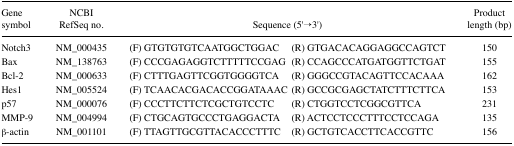
<table><thead><tr><td><b>Gene symbol</b></td><td><b>NCBI RefSeq no.</b></td><td colspan="2"><b>Sequence (5′→3′)</b></td><td><b>Product length (bp)</b></td></tr></thead><tbody><tr><td>Notch3</td><td>NM_000435</td><td>(F) GTGTGTGTCAATGGCTGGAC</td><td>(R) GTGACACAGGAGGCCAGTCT</td><td>150</td></tr><tr><td>Bax</td><td>NM_138763</td><td>(F) CCCGAGAGGTCTTTTTCCGAG</td><td>(R) CCAGCCCATGATGGTTCTGAT</td><td>155</td></tr><tr><td>Bcl-2</td><td>NM_000633</td><td>(F) CTTTGAGTTCGGTGGGGTCA</td><td>(R) GGGCCGTACAGTTCCACAAA</td><td>162</td></tr><tr><td>Hes1</td><td>NM_005524</td><td>(F) TCAACACGACACCGGATAAAC</td><td>(R) GCCGCGAGCTATCTTTCTTCA</td><td>153</td></tr><tr><td>p57</td><td>NM_000076</td><td>(F) CCCTTCTTCTCGCTGTCCTC</td><td>(R) CTGGTCCTCGGCGTTCA</td><td>231</td></tr><tr><td>MMP-9</td><td>NM_004994</td><td>(F) CTGCAGTGCCCTGAGGACTA</td><td>(R) ACTCCTCCCTTTCCTCCAGA</td><td>135</td></tr><tr><td>β-actin</td><td>NM_001101</td><td>(F) TTAGTTGCGTTACACCCTTTC</td><td>(R) GCTGTCACCTTCACCGTTC</td><td>156</td></tr></tbody></table>